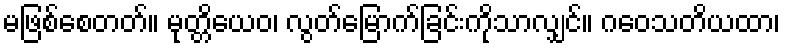
မဖြစ်စေတတ်။ မုတ္တိယေဝ၊ လွတ်မြောက်ခြင်းကိုသာလျှင်။ ဂဝေသတိယထာ၊